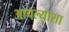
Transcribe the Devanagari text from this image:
आपल्याशा